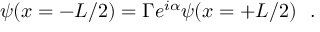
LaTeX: \psi ( x = - L / 2 ) = \Gamma e ^ { i \alpha } \psi ( x = + L / 2 ) \ \ .